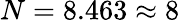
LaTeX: N=8.463\approx{8}